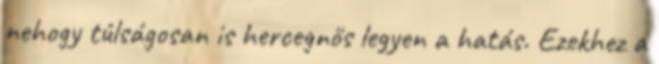
nehogy túlságosan is hercegnős legyen a hatás. Ezekhez a